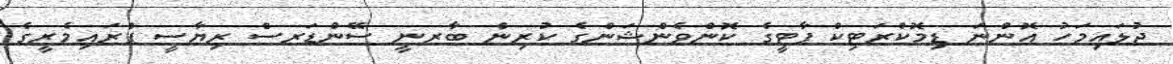
ޖުލައިމަހު އޮންނަ ޑިމޮކްރަޓިކް ޕާޓީގެ ކޮންވެންޝަންގެ ކުރިން ބާރނީ ސޭންޑަރސް ރިޔާސީ ޕްރައިމެރީގެ